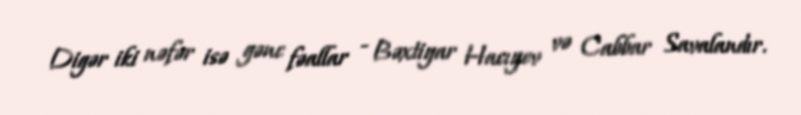
Digər iki nəfər isə gənc fəallar - Bəxtiyar Hacıyev və Cabbar Savalandır.